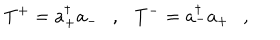
LaTeX: T ^ { + } = a _ { + } ^ { \dagger } a _ { - } \ \ \ , \ \ \ T ^ { - } = a _ { - } ^ { \dagger } a _ { + } \ \ \ ,